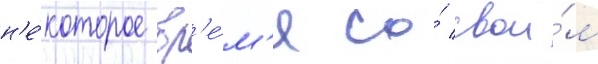
н'е́которое вр'е́м'я со́ свои́м